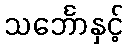
သင်္ဘောနှင့်